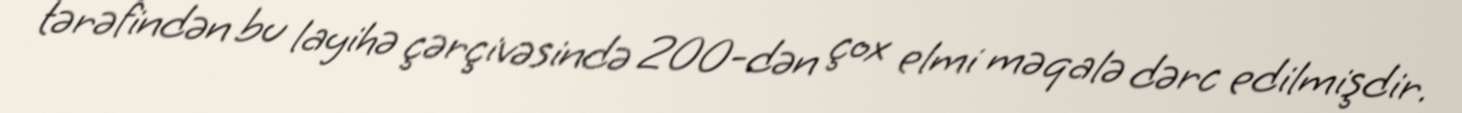
tərəfindən bu layihə çərçivəsində 200-dən çox elmi məqalə dərc edilmişdir.